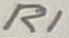
Text: R1